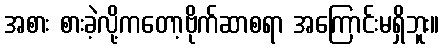
အစား စားခဲ့လို့ကတော့ဗိုက်ဆာစရာ အကြောင်းမရှိဘူး။